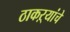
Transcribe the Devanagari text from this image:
ठाकऱ्यांचे